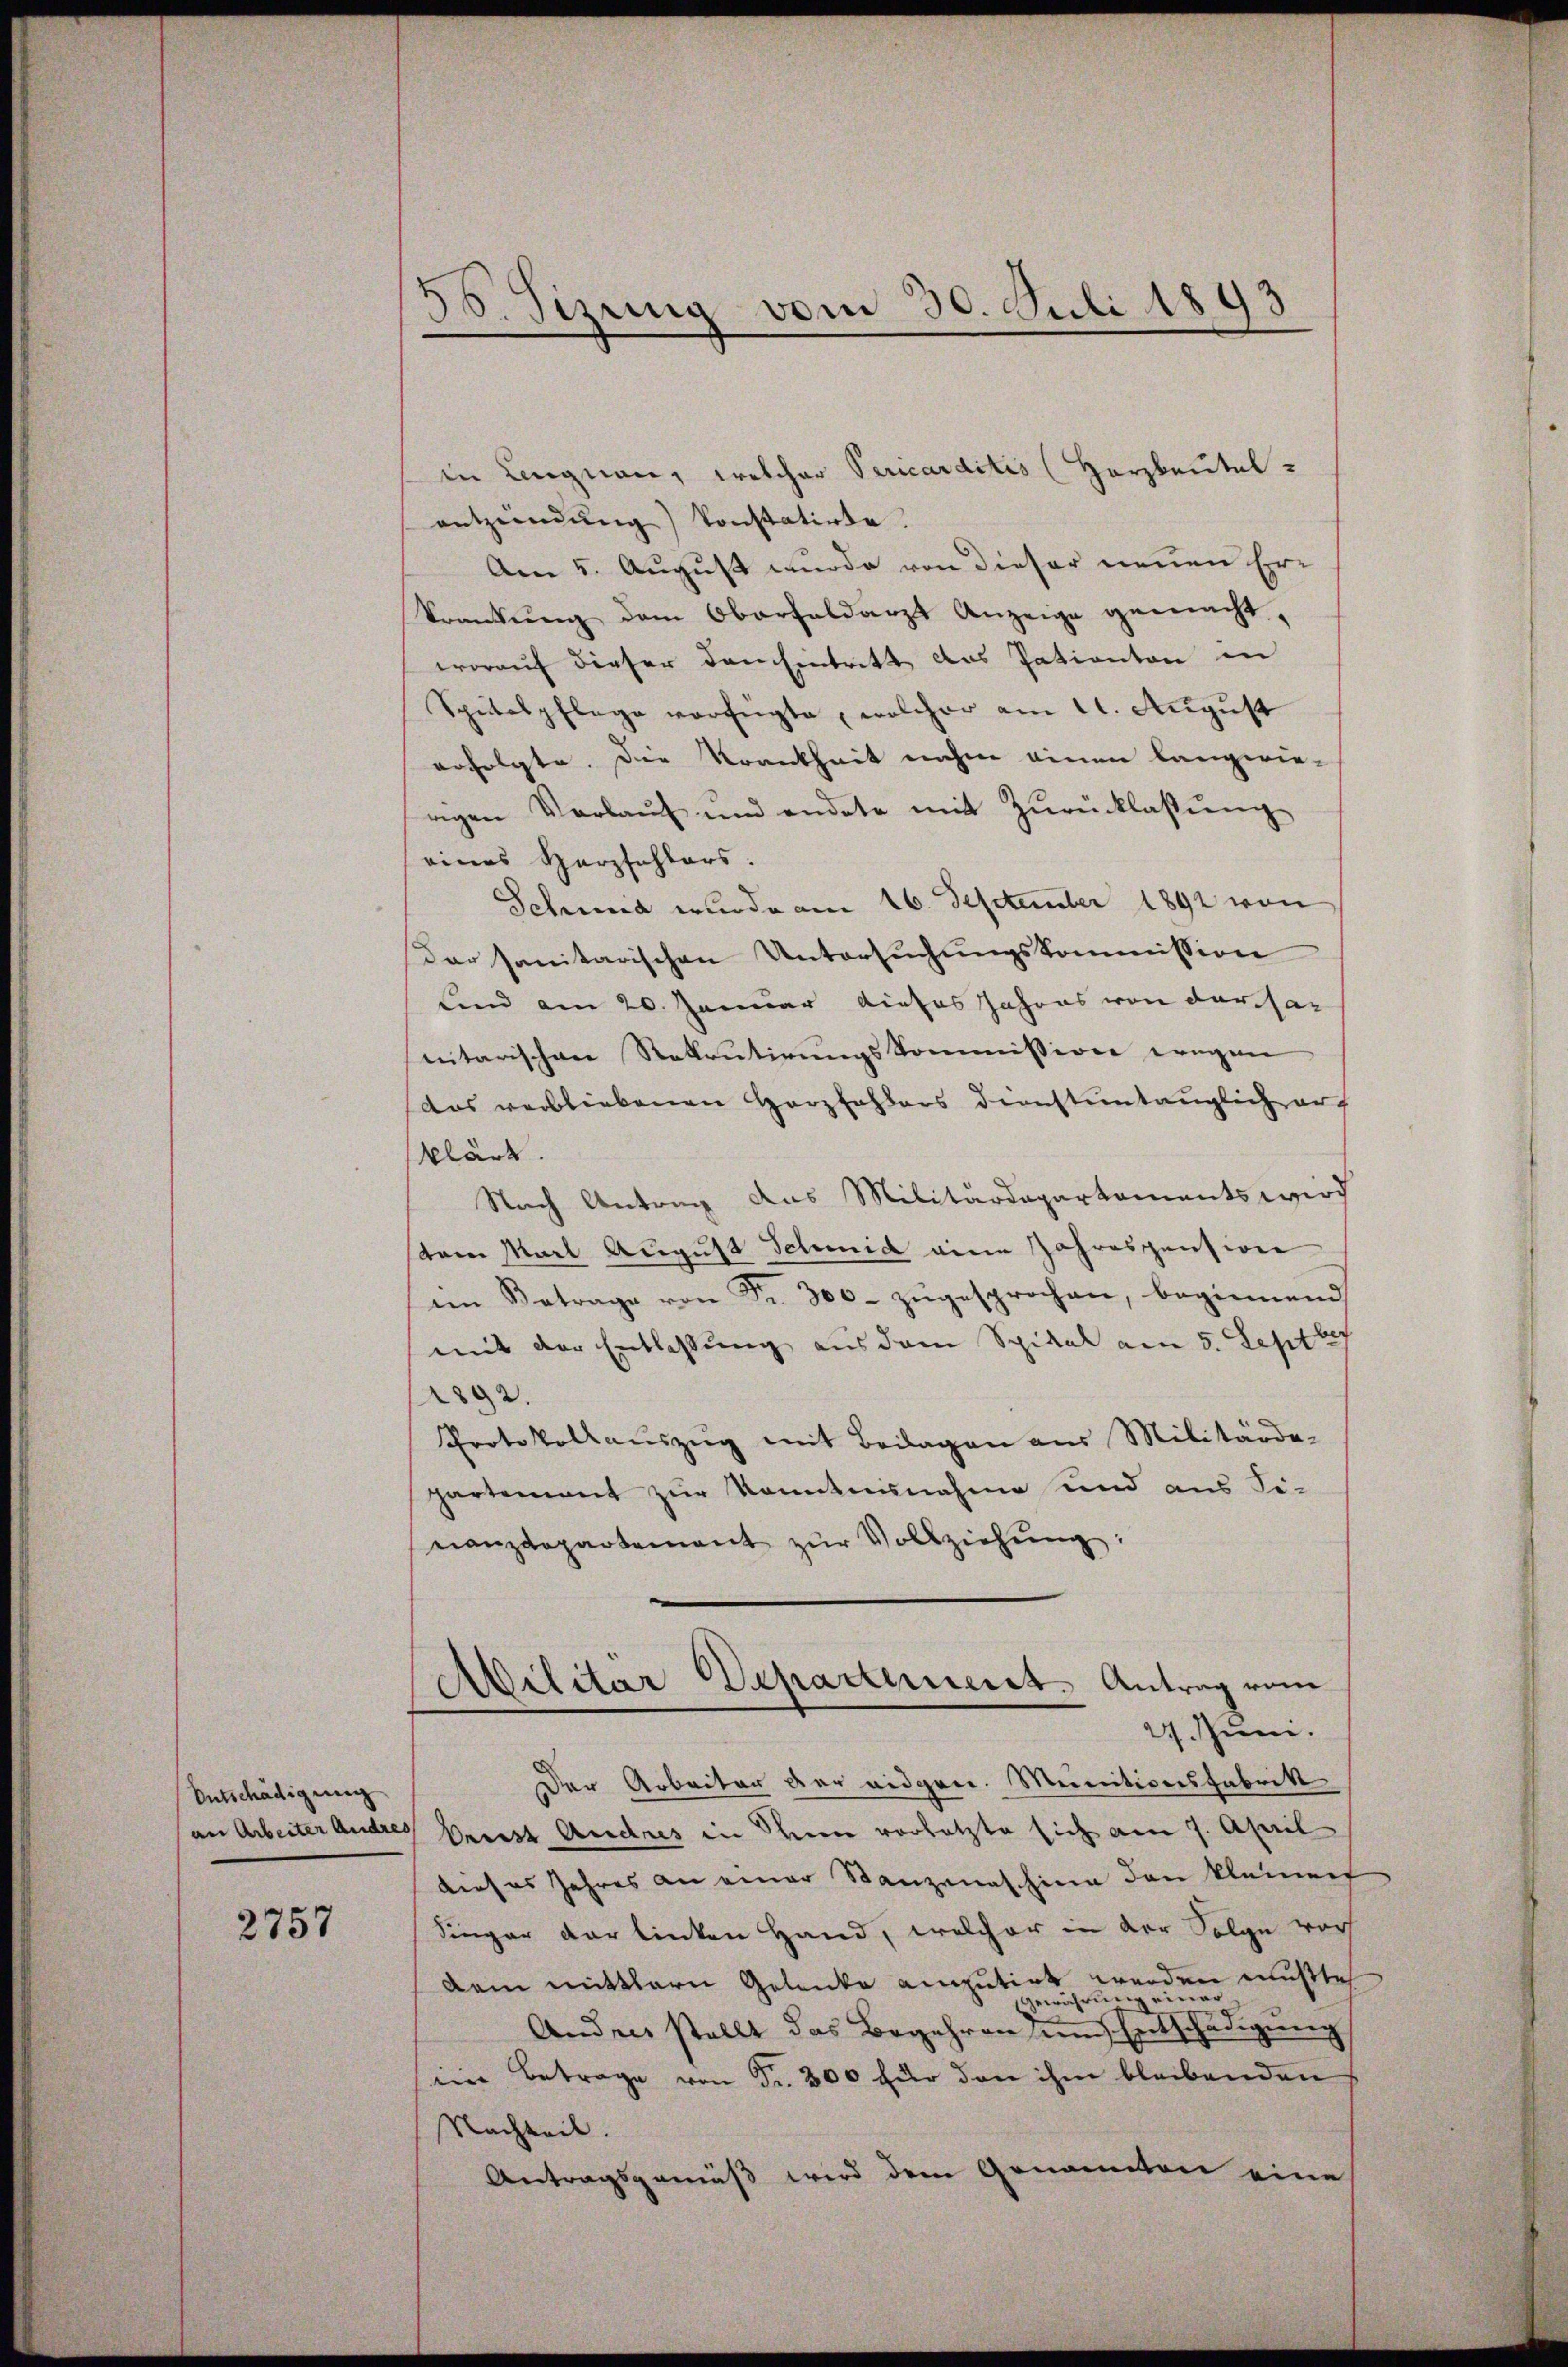
Entschädigung

2757

58. Sizung vom 30. Juli 1893

in Lengnau, welcher Sericarditis (Herzbeutel
entzündŭng konstatirte.
Am 5. August wurde von dieser neuen Erkrankung dem Oberfeldarzt Anzeige gemacht,
worauf dieser den Eintritt das Patienten in
Spitalpflege verfügte, welcher am 11. August
erfolgte. Die Krankheit nahm einen langwie-
rigen Vorlaŭf und endete mit Zŭrücklassŭng
eines Herzfehlers.
Schmid wurde am 16. September 1892 von
Dar sanitarischen Untersuchungskommission
Land am 20. Januar dieses Jahres von der har
nitarischen Rekrutirungskommission wegen
das verbliebenen Harzfehlers diensteintauglich auf
klärt.
Nach Antrag das Militärdepartements wird
stem Marl August Schmid eine Jahrespension
im Betrage von Fr. 300. zŭgesprochen, beginnend
mit der Entlassung aus dem Spital am 5. Sept 17
1892.
Protokollauszug mit Beilagen aus Militärde-
partement zur Kenntnisnahme und aus Fi-
nanzdepartement zŭr Vollziehŭng:
Cabilitär Departement. Antrag vom
27. Juni.
Der Arbeiter der eidgen. Meinitionsfabrik
an Arbeiter Andres Priest Andres in ein vorletzte sich am 7. April
dieses Jahres an einer Stanzenaschine den kleinen
Singer der linken Hand, welcher in der Folge vor
dem mittlern Gelenke amputirt werden mußte
. einer
se mich
Andres stellt das Begehren um Entschädigung
ein Betrage von Fr. 300 für den ihm bleibenden
Nachteil.
Antragsgemäß wird dem Genannten eine